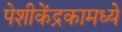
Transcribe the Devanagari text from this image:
पेशीकेंद्रकामध्ये